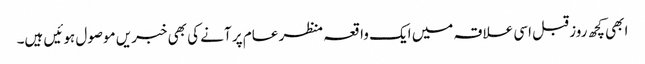
ابھی کچھ روز قبل اسی علاقہ میں ایک واقعہ منظر عام پر آنے کی بھی خبریں موصول ہوئیں ہیں۔